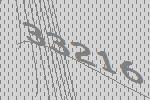
33216